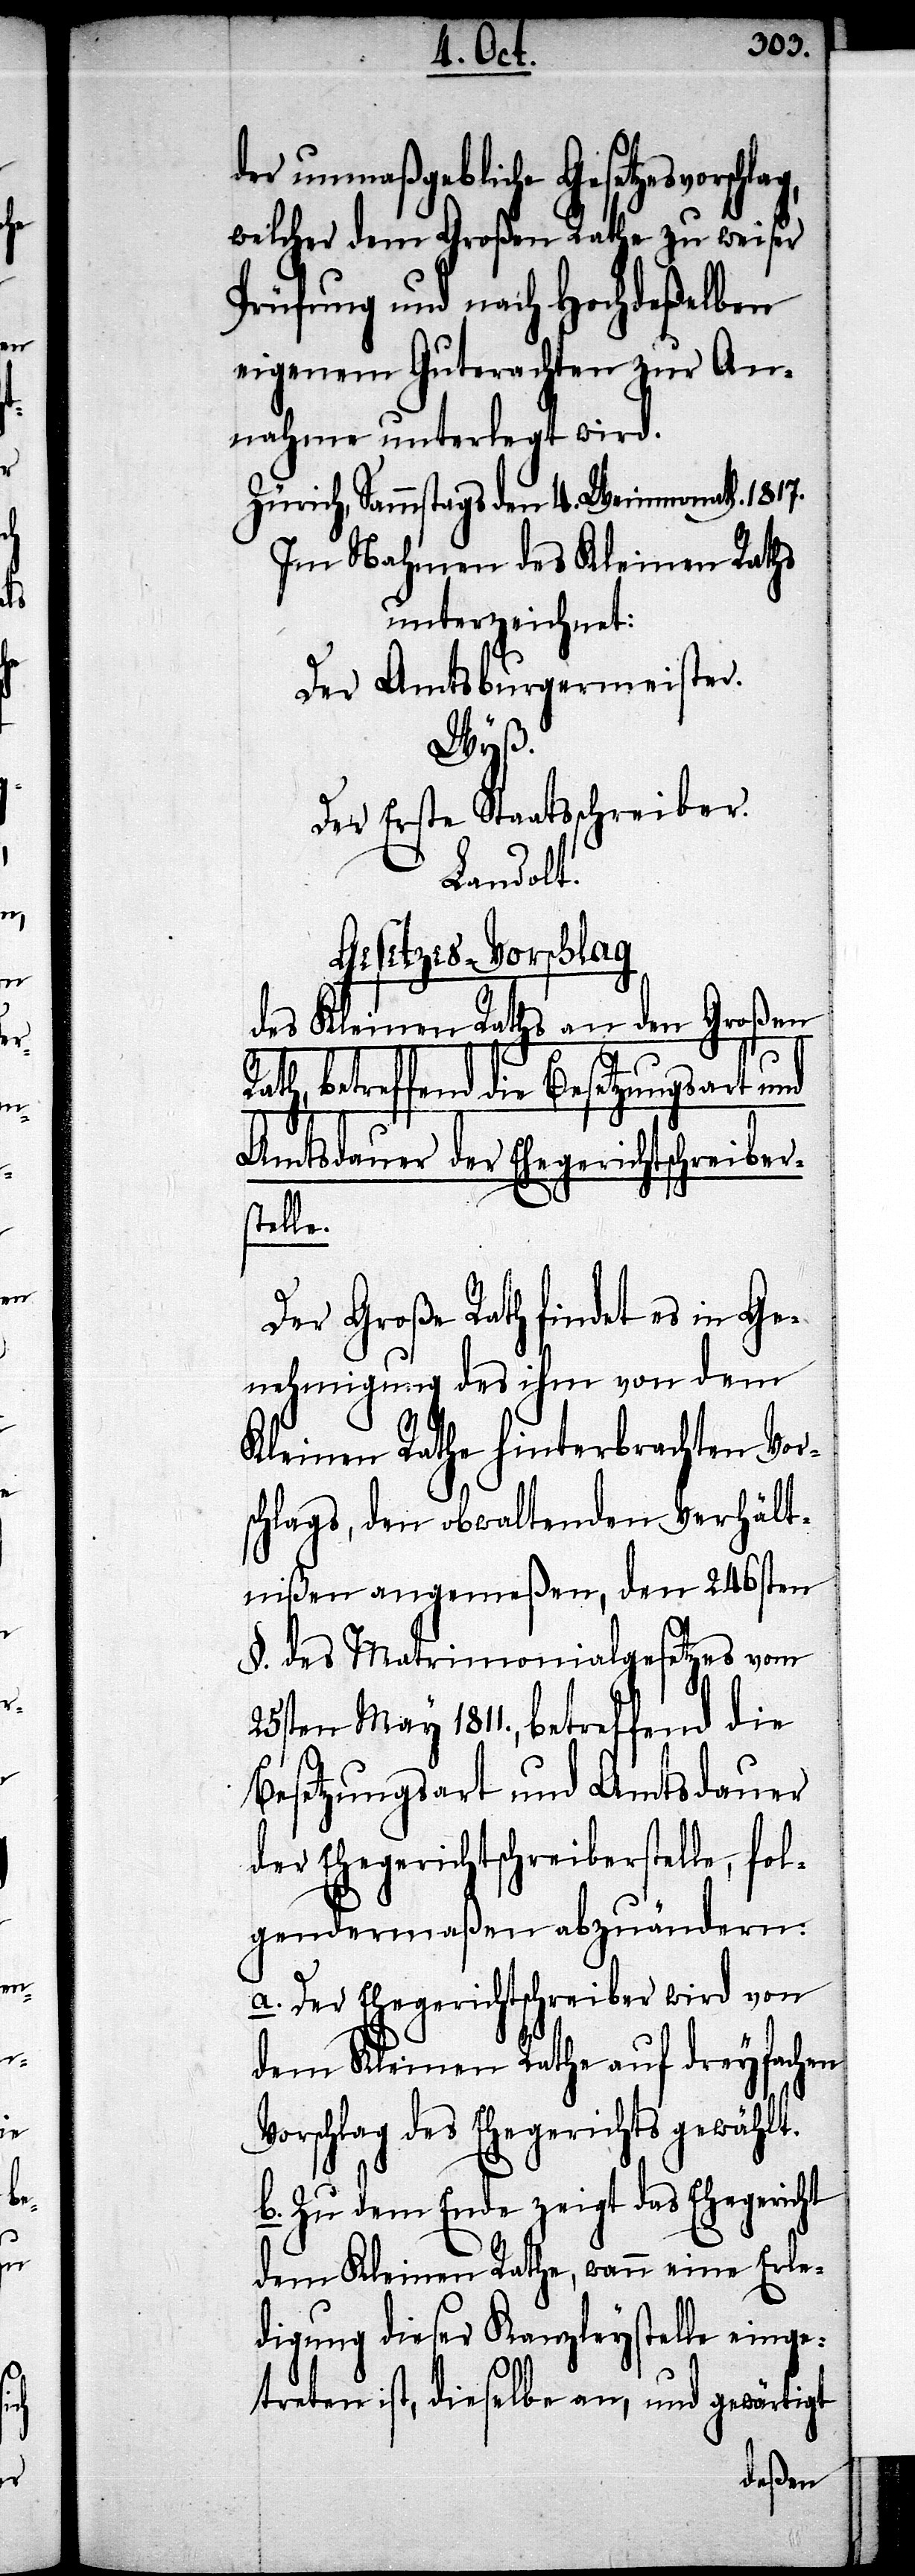
V¬

der unmaßgebliche Gesetzesvorsch¬
welcher dem Großen Rathe zu weiser
Prüfung und nach Hochdeßelben
eigenem Guterachten zur An¬
nahme unterlegt wird.
Zürich, Sammstags den 4. Weinmonath. 1817.
Im Nahmen des Kleinen Raths
unterzeichnet:
Der Amtsburgermeister.
Wyß.
Der Erste Staatsschreiber.
Landolt.
Gesetzes-Vorschlag
des Kleinen Raths an den Großen
ath, betreffend die Besetzungsart und
Amtsdauer der Ehegerichtschreiber¬
stelle.
Der Große Rath findet es in Ge¬
nehmigung des ihm von dem
Kleinen Rathe hinterbrachten Vor¬
schlags, den obwaltenden Verhält¬
nißen angemeßen, den 246sten
§. des Matrimonialgesetzes vom
25sten May 1811., betreffend die
Besetzungsart und Amtsdauer
der Ehegerichtschreiberstelle, fol¬
gendermaßen abzuändern:
a. Der Ehegerichtschreiber wird von
dem Kleinen Rathe auf dreyfachen
orschlag des Ehegerichts gewählt.
b. Zu dem Ende zeigt das Ehegericht
dem Kleinen Rathe, wann eine Erle¬
digung dieser Kanzleystelle einge¬
treten ist, dieselbe an, und gewärtigt